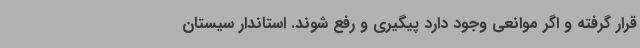
قرار گرفته و اگر موانعی وجود دارد پیگیری و رفع شوند. استاندار سیستان